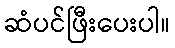
ဆံပင်ဖြီးပေးပါ။